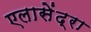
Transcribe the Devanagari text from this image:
एलासेंद्रा